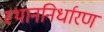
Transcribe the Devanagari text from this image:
स्थाननिर्धारण